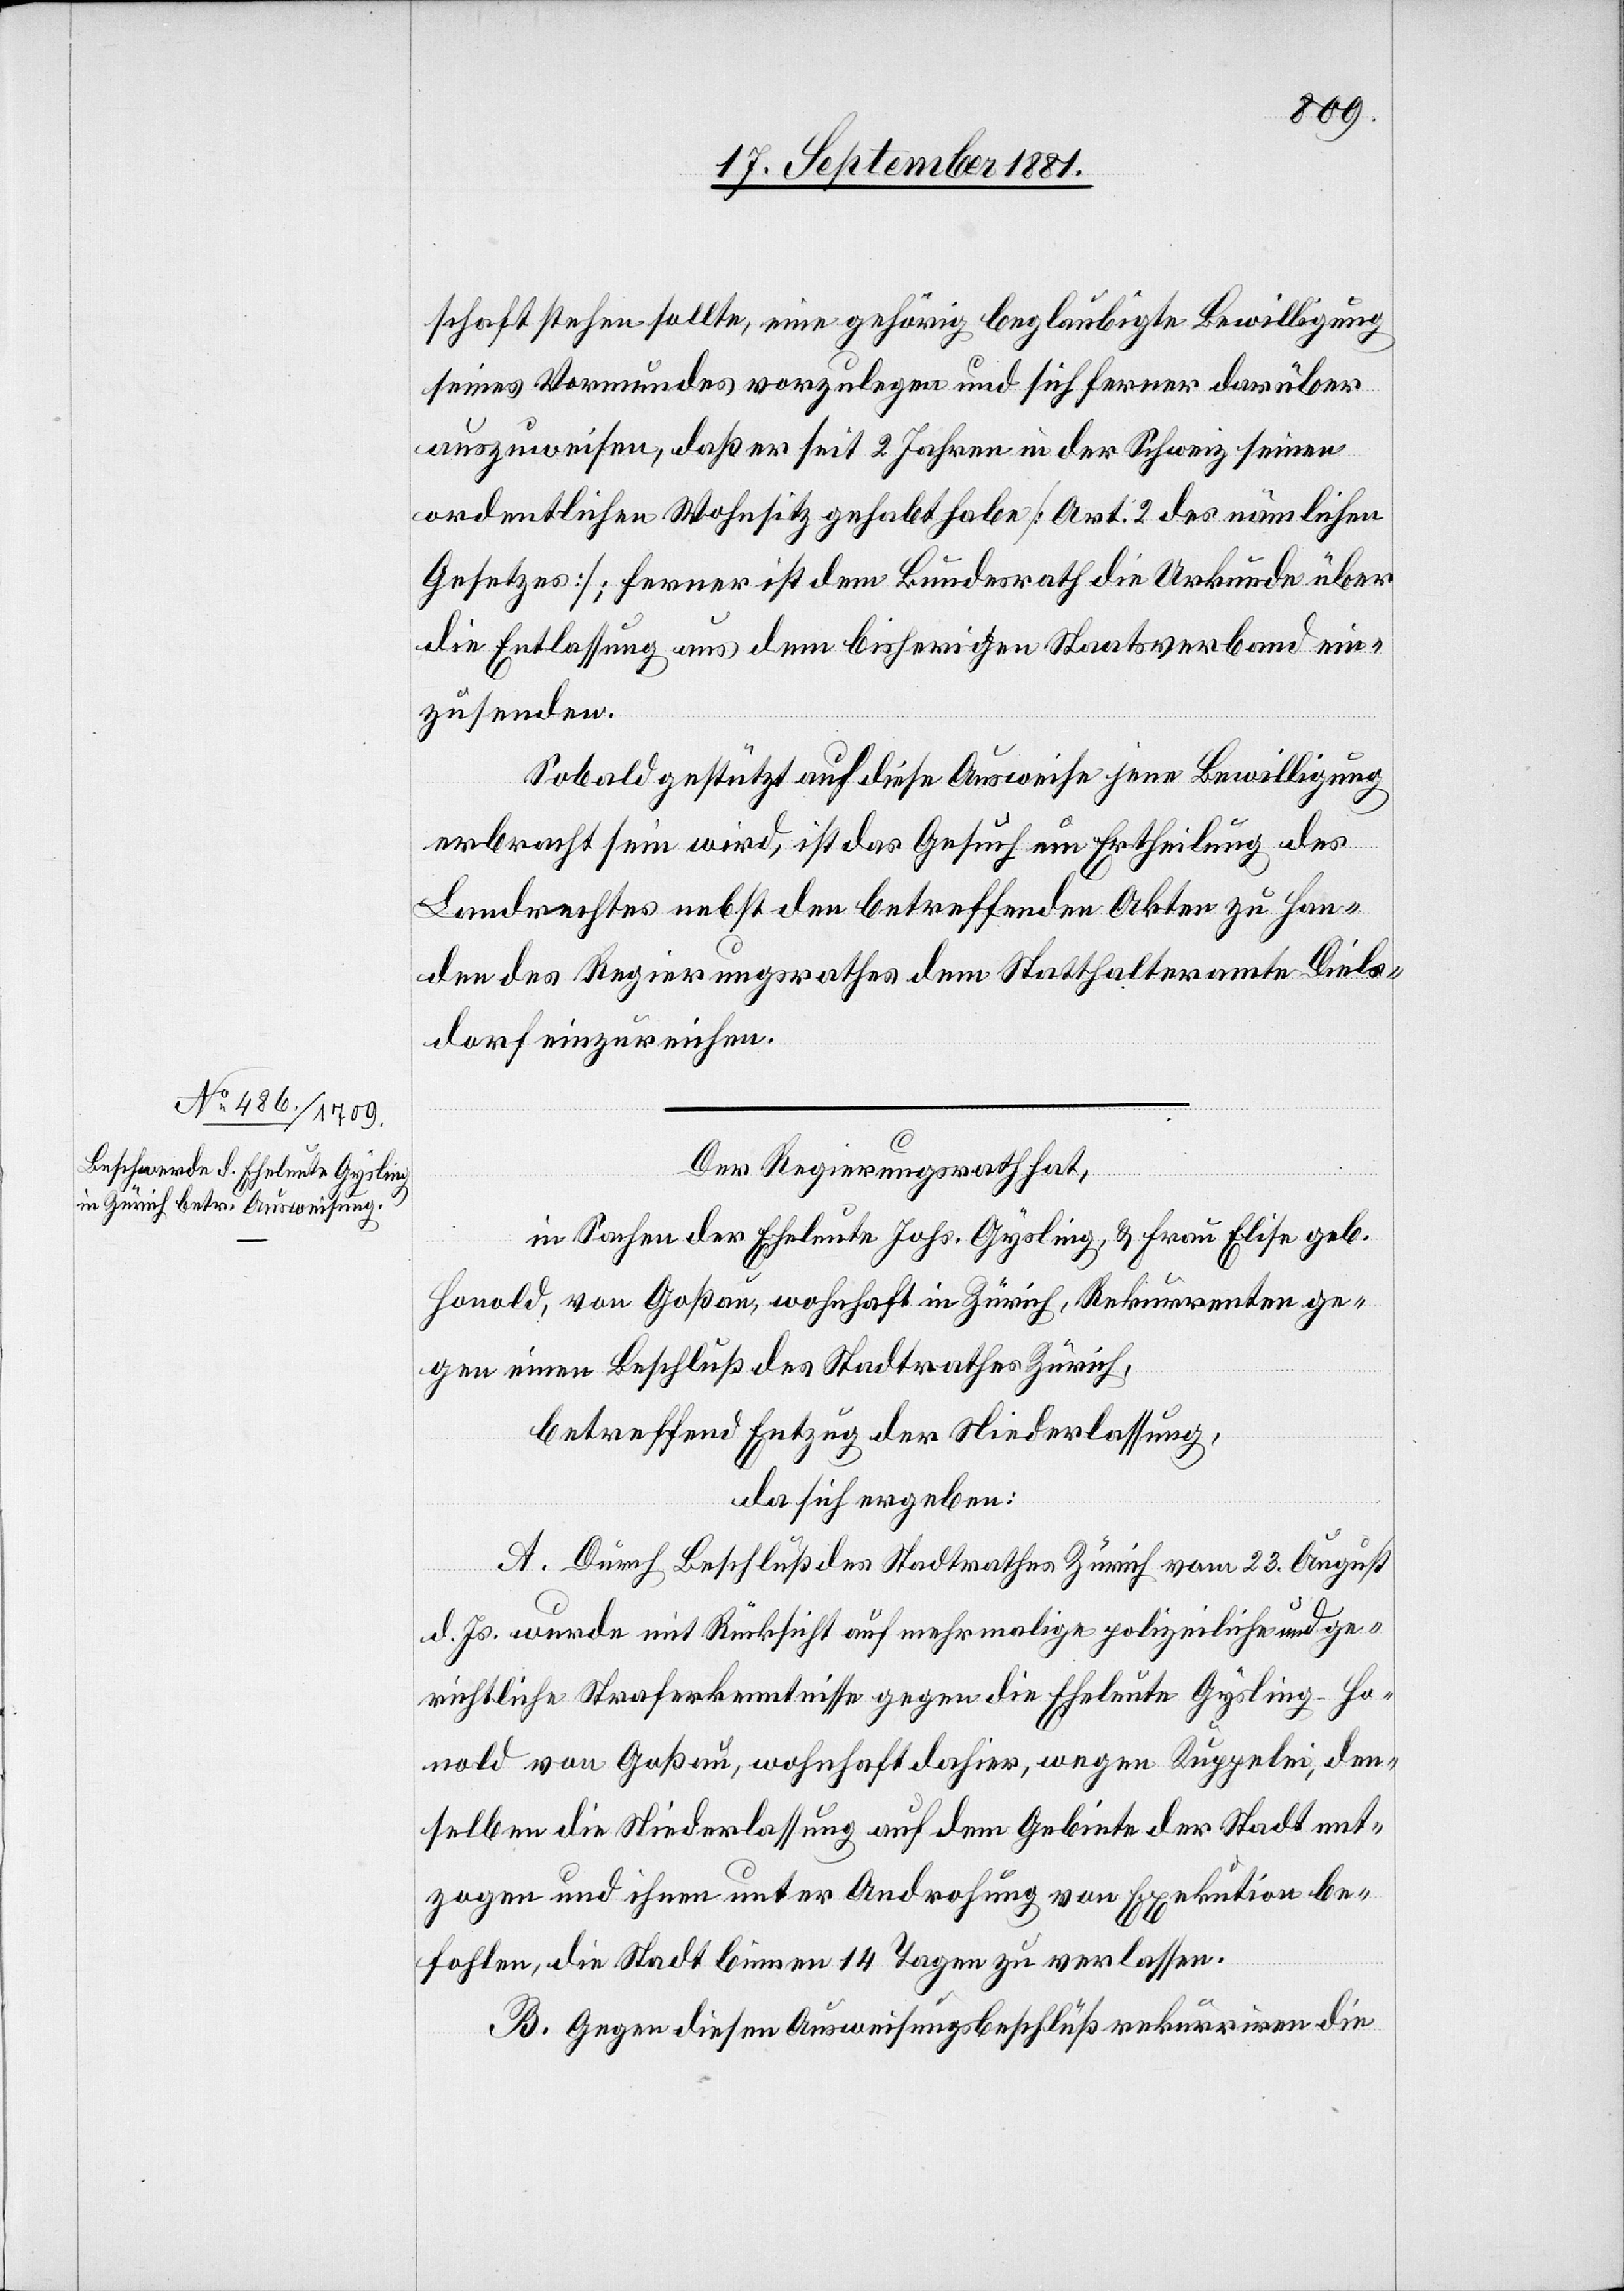
schaft stehen sollte, eine gehörig beglaubigte Bewilligung
seines Vormundes vorzulegen und sich ferner darüber
auszuweisen, daß er seit 2 Jahren in der Schweiz seinen
ordentlichen Wohnsitz gehabt habe [Art. 2 des nämlichen
Gesetzes]; ferner ist dem Bundesrath die Urkunde über
die Entlassung aus dem bisherigen Staatsverband ein¬
zusenden.
Sobald gestützt auf diese Ausweise jene Bewilligung
erbracht sein wird, ist das Gesuch um Ertheilung des
Landrechtes nebst den betreffenden Akten zu Han¬
den des Regierungsrathes dem Statthalteramte Diels¬
dorf einzureichen.
Der Regierungsrath hat,
in Sachen der Eheleute Johs. Gysling, & Frau Elise geb.
Honold, vom Goßau, wohnhaft in Zürich, Rekurrenten ge¬
gen einen Beschluß des Stadtrathes Zürich,
betreffend Entzug der Niederlassung,
da sich ergeben:
A. Durch Beschluß des Stadtrathes Zürich vom 23. August
d. Js. wurde mit Rücksicht auf mehrmalige polizeiliche und ge¬
richtliche Straferkenntnisse gegen die Eheleute Gysling-Ho¬
nold von Goßau, wohnhaft dahier, wegen Kuppelei, den¬
selben die Niederlassung auf dem Gebiete der Stadt ent¬
zogen und ihnen unter Androhung von Exekution be¬
fohlen, die Stadt binnen 14 Tagen zu verlassen.
B. Gegen diesen Ausweisungsbeschluß rekurriren die